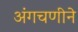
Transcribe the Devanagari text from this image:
अंगचणीने